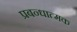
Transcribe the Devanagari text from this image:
प्रबन्धात्मक